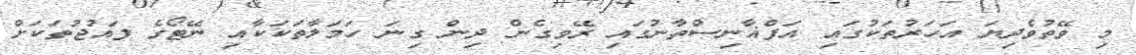
މި ވޭތުވެދިޔަ އަހަރުތަކުގައި އަފްޣާނިސްތާނުގައި ރޭވިގެން ދިން ގިނަ ހަމަލާތަކަކާއި ނޭޓޯގެ ފައުޖުތަކަށް